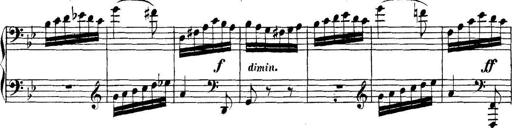
Title: Collected Piano Sonatas
Composer: Muzio Clementi